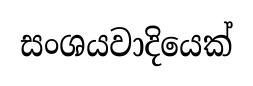
සංශයවාදියෙක්